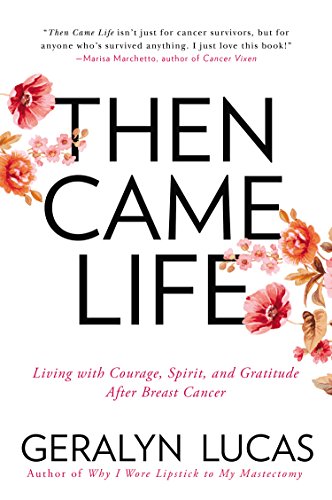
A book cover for Then Came Life: Living with Courage, Spirit, and Gratitude After Breast Cancer; Geralyn Lucas; Health, Fitness & Dieting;